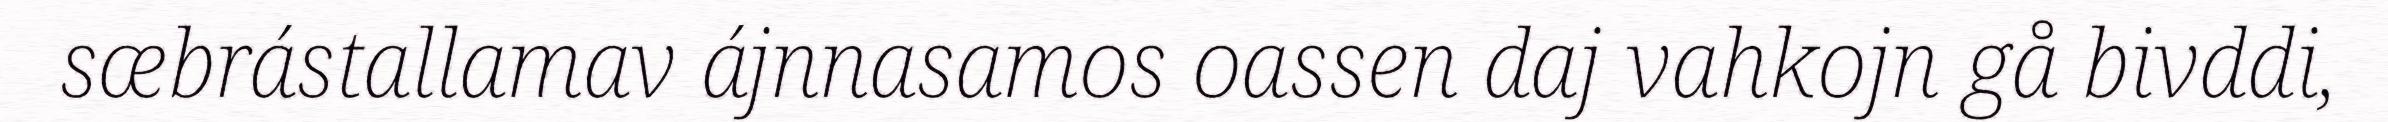
sæbrástallamav ájnnasamos oassen daj vahkojn gå bivddi,